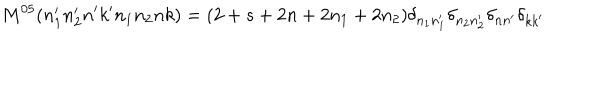
M ^ { 0 5 } ( n _ { 1 } ^ { \prime } n _ { 2 } ^ { \prime } n ^ { \prime } k ^ { \prime } n _ { 1 } n _ { 2 } n k ) = ( 2 + s + 2 n + 2 n _ { 1 } + 2 n _ { 2 } ) \delta _ { n _ { 1 } n _ { 1 } ^ { \prime } } \delta _ { n _ { 2 } n _ { 2 } ^ { \prime } } \delta _ { n n ^ { \prime } } \delta _ { k k ^ { \prime } }